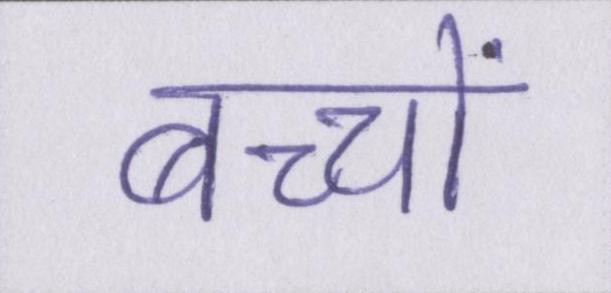
बच्चों